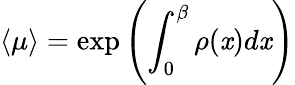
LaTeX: \langle\mu\rangle=\exp\left(\int_{0}^{\beta}\rho(\mathit{x})d\mathit{x}\right)